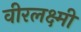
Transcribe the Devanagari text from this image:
वीरलक्ष्मी